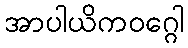
အာပါယိကဝဂ္ဂေါ